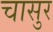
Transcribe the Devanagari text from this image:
चासुर